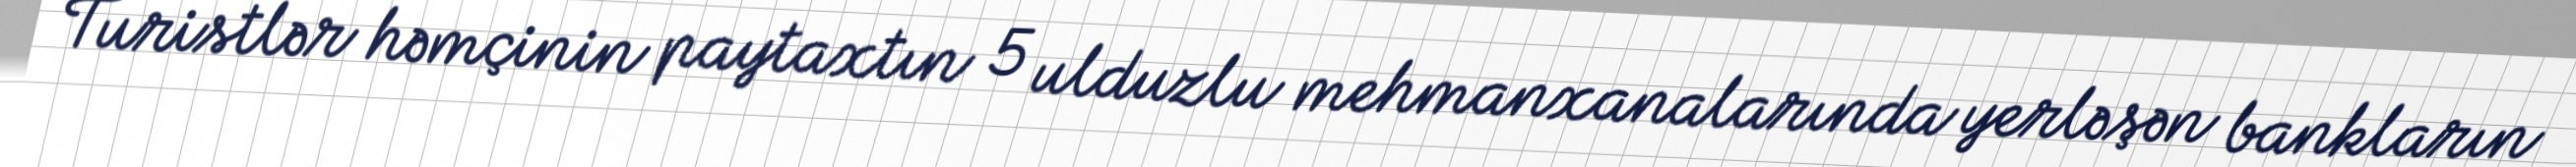
Turistlər həmçinin paytaxtın 5 ulduzlu mehmanxanalarında yerləşən bankların